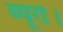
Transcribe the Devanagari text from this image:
ब्यूरो।